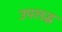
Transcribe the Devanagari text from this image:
उपलद्ध